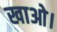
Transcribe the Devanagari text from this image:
खाओ।